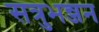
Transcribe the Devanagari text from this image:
सत्रुभन्जन